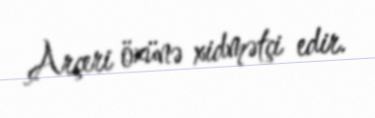
Arçeri özünə xidmətçi edir.